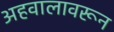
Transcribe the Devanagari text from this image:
अहवालावरून